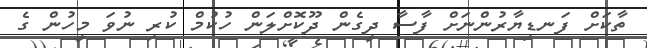
ތާކަށް ފަނޑިޔާރުންނަށް ފާސާ ދީގެން ދޫކޮށްލަން ހުކުމް ކުރި ނުވަ މީހުން ގެ